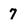
Character: 7